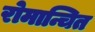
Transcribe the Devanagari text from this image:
रोमान्चित